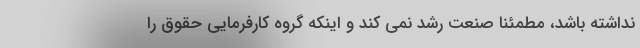
نداشته باشد، مطمئنا صنعت رشد نمی کند و اینکه گروه کارفرمایی حقوق را